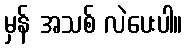
မှန် အသစ် လဲပေးပါ။